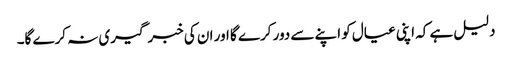
دلیل ہے کہ اپنی عیال کو اپنے سے دور کرے گا اور ان کی خبر گیری نہ کرے گا۔